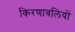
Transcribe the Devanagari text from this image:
किरणावलियों